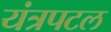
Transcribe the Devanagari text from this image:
यंत्रपटल